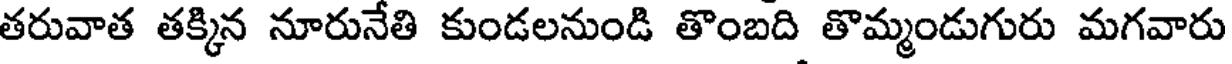
తరువాత తక్కిన నూరునేతి కుండలనుండి తొంబది తొమ్మండుగురు మగవారు